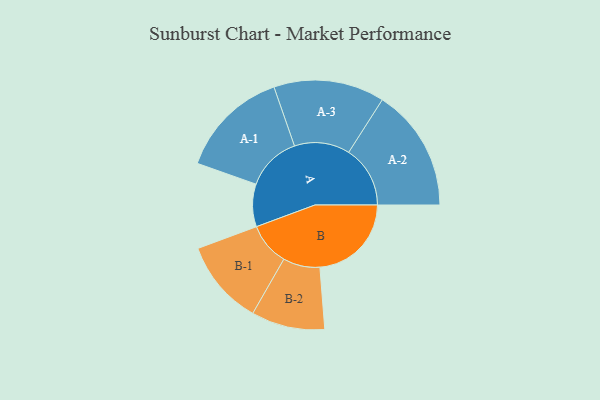
{"axis": {"x": "Segment", "y": "Value"}, "legend": ["", "A", "B"], "data": [{"x": "A", "y": 183, "type": ""}, {"x": "B", "y": 393, "type": ""}, {"x": "A-1", "y": 236, "type": "A"}, {"x": "A-2", "y": 264, "type": "A"}, {"x": "A-3", "y": 238, "type": "A"}, {"x": "B-1", "y": 183, "type": "B"}, {"x": "B-2", "y": 158, "type": "B"}]}